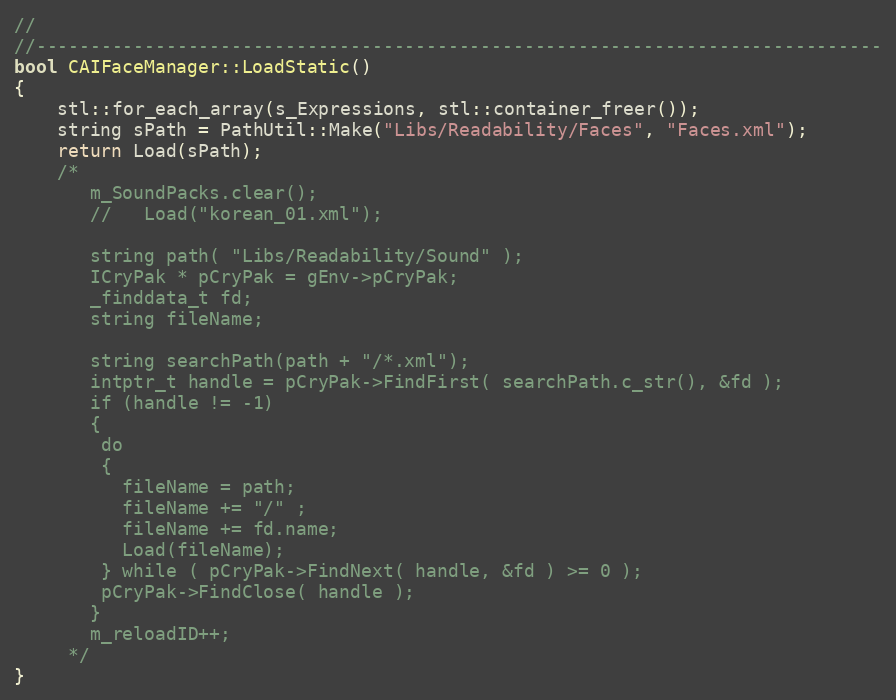
Language: C++
//
//------------------------------------------------------------------------------
bool CAIFaceManager::LoadStatic()
{
	stl::for_each_array(s_Expressions, stl::container_freer());
	string sPath = PathUtil::Make("Libs/Readability/Faces", "Faces.xml");
	return Load(sPath);
	/*
	   m_SoundPacks.clear();
	   //	Load("korean_01.xml");

	   string path( "Libs/Readability/Sound" );
	   ICryPak * pCryPak = gEnv->pCryPak;
	   _finddata_t fd;
	   string fileName;

	   string searchPath(path + "/*.xml");
	   intptr_t handle = pCryPak->FindFirst( searchPath.c_str(), &fd );
	   if (handle != -1)
	   {
	    do
	    {
	      fileName = path;
	      fileName += "/" ;
	      fileName += fd.name;
	      Load(fileName);
	    } while ( pCryPak->FindNext( handle, &fd ) >= 0 );
	    pCryPak->FindClose( handle );
	   }
	   m_reloadID++;
	 */
}